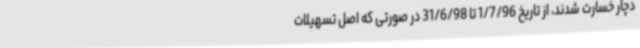
دچار خسارت شدند، از تاریخ 1/7/96 تا 31/6/98 در صورتی که اصل تسهیلات